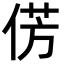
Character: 𪝆